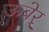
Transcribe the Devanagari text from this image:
ऊबेर्